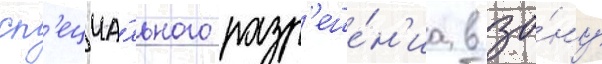
сп'ециа́льного разр'еше́н'иа в зо́ну